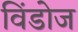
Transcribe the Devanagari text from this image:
विँडोज